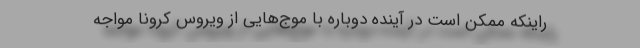
راینکه ممکن است در آینده دوباره با موج‌هایی از ویروس کرونا مواجه